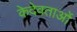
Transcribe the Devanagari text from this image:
केदेवताओं